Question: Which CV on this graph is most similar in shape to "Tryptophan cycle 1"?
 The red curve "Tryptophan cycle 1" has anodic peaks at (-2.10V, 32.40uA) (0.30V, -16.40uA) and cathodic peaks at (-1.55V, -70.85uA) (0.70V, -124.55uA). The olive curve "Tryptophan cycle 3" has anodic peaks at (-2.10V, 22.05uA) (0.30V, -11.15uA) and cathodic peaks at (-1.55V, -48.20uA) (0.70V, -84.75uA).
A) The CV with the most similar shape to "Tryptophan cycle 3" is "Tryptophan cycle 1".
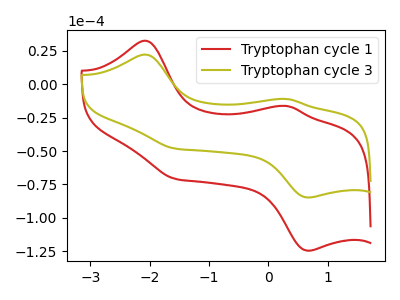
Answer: <think>All the peaks in "Tryptophan cycle 1" have a peak in "Tryptophan cycle 3" at the same potential.
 </think>
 <answer>A) The CV with the most similar shape to "Tryptophan cycle 3" is "Tryptophan cycle 1".</answer>
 <eval>A</eval>